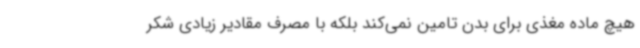
هیچ ماده مغذی برای بدن تامین نمی‌کند بلکه با مصرف مقادیر زیادی شکر